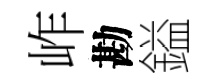
岞勘鎰